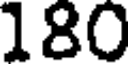
180